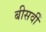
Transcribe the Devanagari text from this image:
बीसवीँ